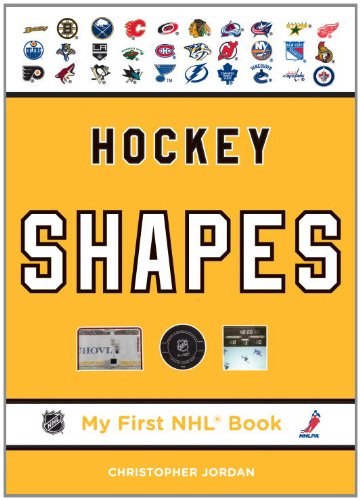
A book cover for Hockey Shapes (My First NHL Book); Christopher Jordan; Children's Books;